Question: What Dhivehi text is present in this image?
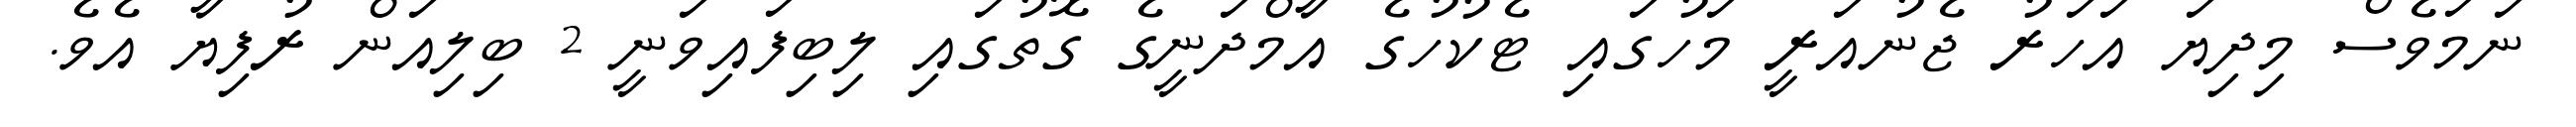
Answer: ނަމަވެސް މިދިޔަ އަހަރު ޖެނުއަރީ މަހުގައި ޓެކުހުގެ އާމްދަނީގެ ގޮތުގައި ލިބިފައިވަނީ 2 ބިލިއަން ރުފިޔާ އެވެ.